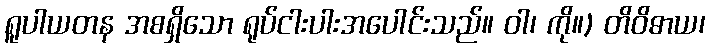
ရူပါယတန အစရှိသော ရုပ်ငါးပါးအပေါင်းသည်။ ဝါ၊ ကို။) တိဝိဓာယ၊